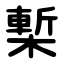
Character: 槧